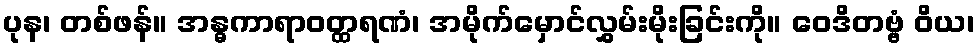
ပုန၊ တစ်ဖန်။ အန္ဓကာရာဝတ္ထရဏံ၊ အမိုက်မှောင်လွှမ်းမိုးခြင်းကို။ ဝေဒိတဗ္ဗံ ဝိယ၊